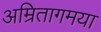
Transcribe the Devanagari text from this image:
अम्रितागमया